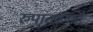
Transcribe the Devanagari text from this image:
रुपांतरणात